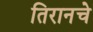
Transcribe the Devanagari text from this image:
तिरानचे